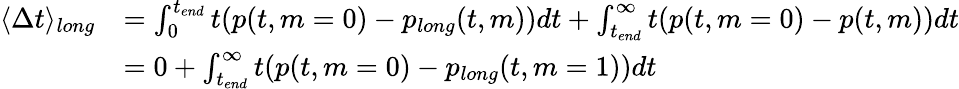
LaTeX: \begin{array}{rl}{\langle\Delta t\rangle_{long}}&{=\int_{0}^{t_{end}}t(p(t,m=0)-p_{long}(t,m))dt+\int_{t_{end}}^{\infty}t(p(t,m=0)-p(t,m))dt}\\ &{=0+\int_{t_{end}}^{\infty}t(p(t,m=0)-p_{long}(t,m=1))dt}\end{array}